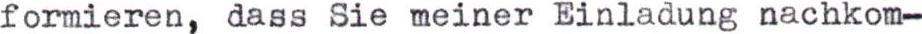
formieren, dass Sie meiner Einladung nachkom-